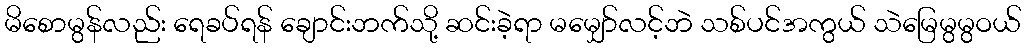
မိစောမွန်လည်း ရေခပ်ရန် ချောင်းဘက်သို့ ဆင်းခဲ့ရာ မမျှော်လင့်ဘဲ သစ်ပင်အကွယ် သဲမြေမွမွဝယ်